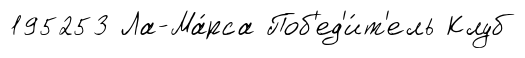
195253 Ла-Ма́рса Поб'ед'и́т'ель Клуб